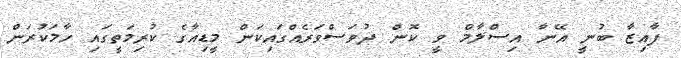
ފާއިޒާ ބުނީ އޭނާ އިސްލާމް ވީ ކޮން ދުވަސްވަރެއްގައިކަން މީޑިއާގެ ކުރިމަތީގައި ހާމަކުރަން